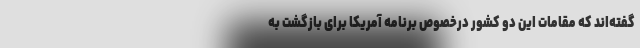
گفته‌اند که مقامات این دو کشور درخصوص برنامه آمریکا برای بازگشت به